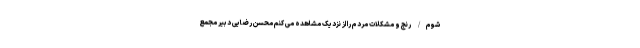
شوم/ رنج و مشکلات مردم را از نزدیک مشاهده می کنم محسن رضایی دبیر مجمع